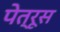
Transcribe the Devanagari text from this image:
पेत्रूस